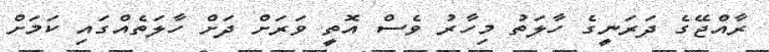
ރާއްޖޭގެ ދަރަނީގެ ހާލަތު މިހާރު ވެސް އޮތީ ވަރަށް ދަށް ހާލަތެއްގައި ކަމަށް